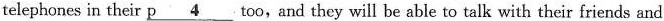
telephones in their p\underline{4}too, and they will be able to talk with their friends and